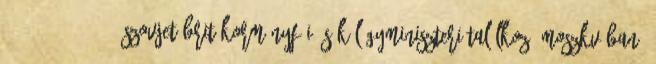
. 1944.10.09-18. - Szovjet-brit kormányfõi és külügyminiszteri találkozó Moszkvában.